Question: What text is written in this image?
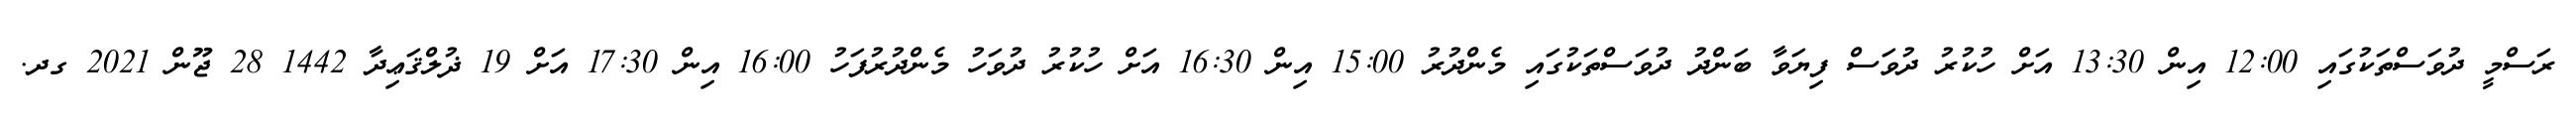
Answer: ރަސްމީ ދުވަސްތަކުގައި 12:00 އިން 13:30 އަށް ހުކުރު ދުވަސް ފިޔަވާ ބަންދު ދުވަސްތަކުގައި މެންދުރު 15:00 އިން 16:30 އަށް ހުކުރު ދުވަހު މެންދުރުފަހު 16:00 އިން 17:30 އަށް 19 ޛުލްޤަޢިދާ 1442 28 ޖޫން 2021 ގދ.